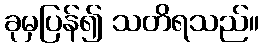
ခုမှပြန်၍ သတိရသည်။